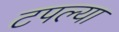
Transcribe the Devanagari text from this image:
टपल्या